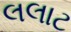
લલાટ